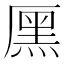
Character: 𠪩